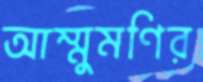
আম্মুমণির